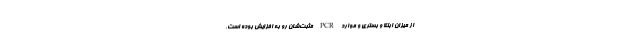
از میزان ابتلا و بستری و موارد PCR مثبت‌شان رو به افزایش بوده است،